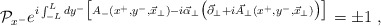
\begin{align*}{\cal P}_{x^{-}}e^{i\int_{-L}^{L}dy^{-}\big[A_{-}(x^{+},y^{-},{\vec x}_{\perp})-i{\vec \alpha}_{\perp}\big({\vec \partial}_{\perp}+i{\vec A}_{\perp}(x^{+},y^{-},{\vec x}_{\perp})\big)\big]}= \pm 1\,\,,\end{align*}